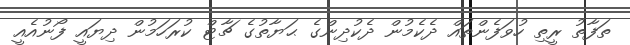
ތަފާތު ރީތި ހުވަފެންތައް ދެކެމުން ދެކުދިންގެ ޙަޔާތުގެ ޗާޓް ކުރަހަމުން ދިޔައީ ފޯނުއެއީ